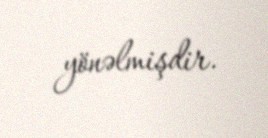
yönəlmişdir.